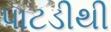
પાટડીથી